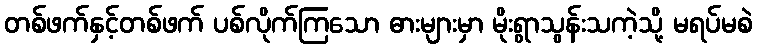
တစ်ဖက်နှင့်တစ်ဖက် ပစ်လိုက်ကြသော ဓားများမှာ မိုးရွာသွန်းသကဲ့သို့ မရပ်မစဲ